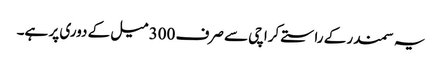
یہ سمندر کے راستے کراچی سے صرف 300 میل کے دوری پر ہے۔